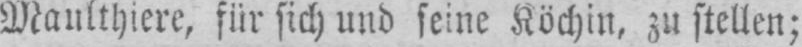
Maulthiere, für sich und seine Köchin, zu stellen;